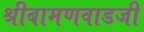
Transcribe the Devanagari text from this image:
श्रीबामणवाडजी